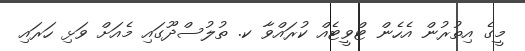
މީގެ އިތުރުން އެހެން ޓްވީޓެއް ކުރައްވާ ކ. ތުލުސްދޫގައި މެއަށް ވަޅި ހަރައި